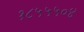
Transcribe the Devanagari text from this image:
१८५५५०४